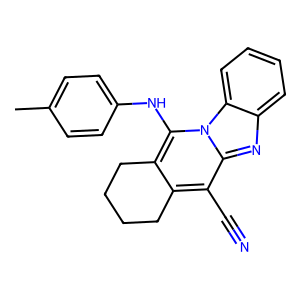
SMILES: Cc1ccc(Nc2c3c(c(C#N)c4nc5ccccc5n24)CCCC3)cc1
Inhibits HIV replication: No